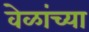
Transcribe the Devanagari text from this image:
वेळांच्या